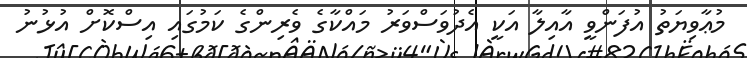
މުޢާވިޔަތު އުފަންވީ އާއިލާ އަކީ އެދުވަސްވަރު މައްކާގެ ވެރިންގެ ކަމުގައި އިސްކޮށް އުޅުނު